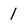
Character: 1